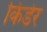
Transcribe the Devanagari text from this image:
किंडेर